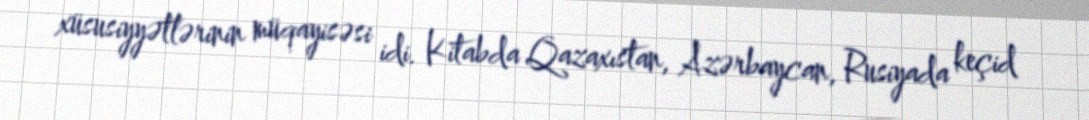
xüsusiyyətlərinin müqayisəsi idi. Kitabda Qazaxıstan, Azərbaycan, Rusiyada keçid